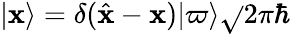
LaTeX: |\mathbf{x}\rangle=\delta({\hat{{\mathbf{x}}}}-\mathbf{x})|\varpi\rangle{\sqrt{}{{2\pi\hbar}}}